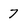
Character: 7